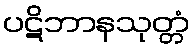
ပဋိဘာနသုတ္တံ